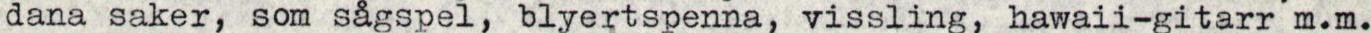
dana saker, som sågspel, blyertspenna, vissling, hawaii-gitarr m.m.